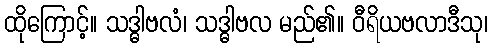
ထိုကြောင့်။ သဒ္ဓါဗလံ၊ သဒ္ဓါဗလ မည်၏။ ဝီရိယဗလာဒီသု၊